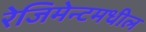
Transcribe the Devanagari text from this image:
रेजिमेन्टमधील